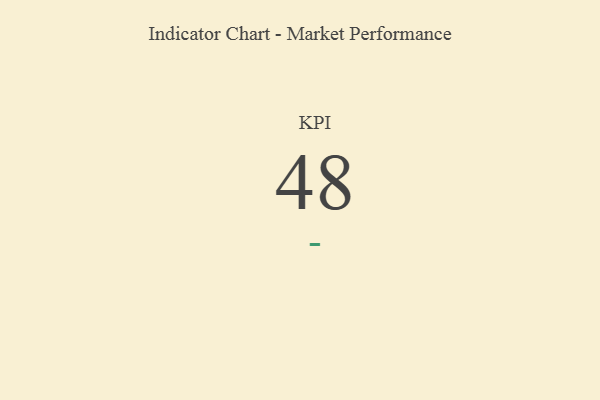
{"axis": {"x": "KPI", "y": "Value"}, "legend": [""], "data": [{"x": "KPI", "y": 48, "type": ""}]}